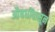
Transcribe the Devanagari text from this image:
औषधींपासून